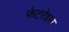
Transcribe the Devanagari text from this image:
फेटरेशन